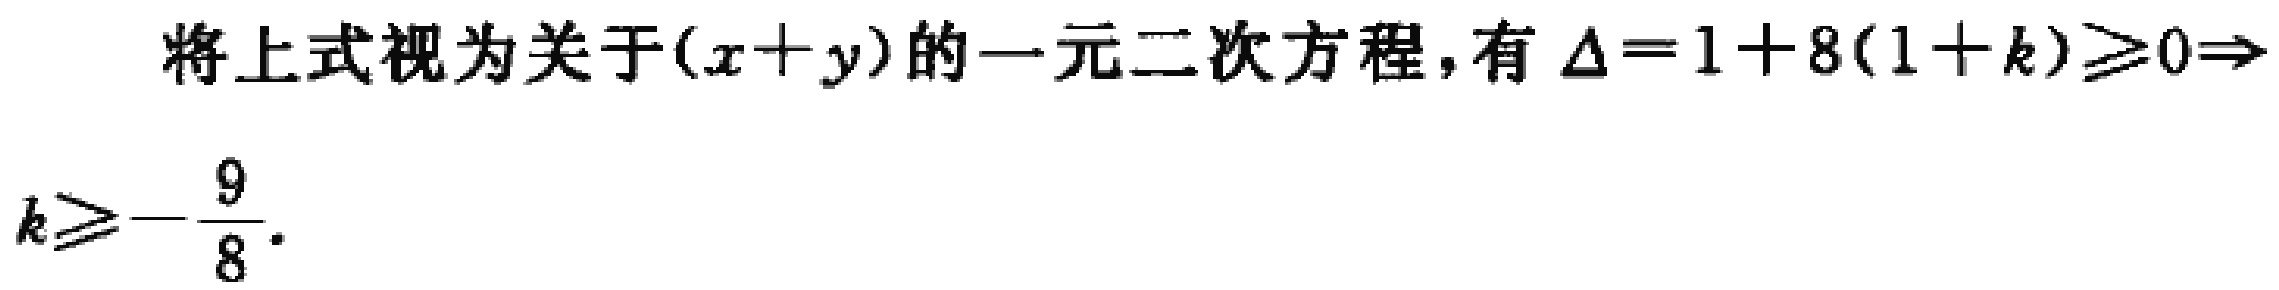
将上式视为关于\((x + y)\)的一元二次方程，有\(\Delta = 1 + 8(1 + k)\geqslant0\Rightarrow k\geqslant-\frac{9}{8}\)